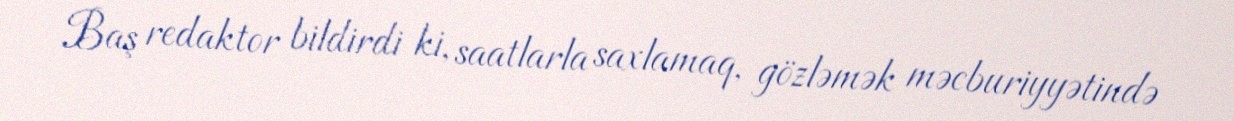
Baş redaktor bildirdi ki, saatlarla saxlamaq, gözləmək məcburiyyətində